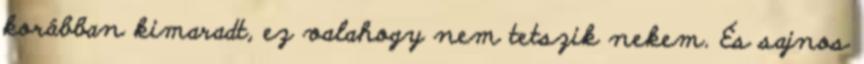
korábban kimaradt, ez valahogy nem tetszik nekem. És sajnos